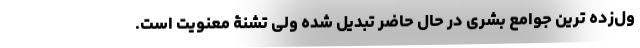
ول‌زده ترین جوامع بشری در حال حاضر تبدیل شده ولی تشنۀ معنویت است.